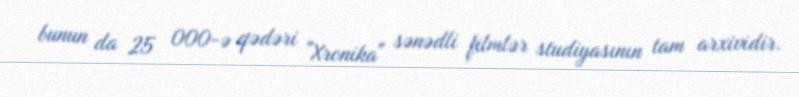
bunun da 25 000-ə qədəri "Xronika" sənədli filmlər studiyasının tam arxividir.